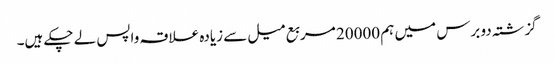
گزشتہ دو برس میں ہم 20000 مربع میل سے زیادہ علاقہ واپس لے چکے ہیں۔